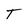
Character: T